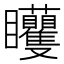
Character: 𥍜